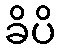
ခိပိ